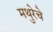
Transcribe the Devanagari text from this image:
मथुरेचे